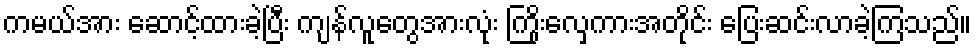
ကမယ်အား ဆောင့်ထားခဲ့ပြီး ကျန်လူတွေအားလုံး ကြိုးလှေကားအတိုင်း ပြေးဆင်းလာခဲ့ကြသည်။